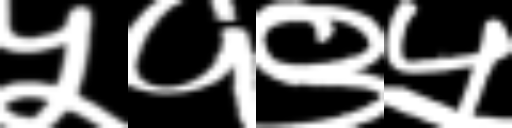
Text: ५१९५